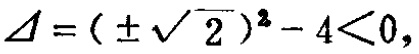
\(\Delta = (\pm\sqrt{2})^{2}-4<0,\)